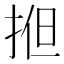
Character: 𢭱